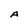
Character: A